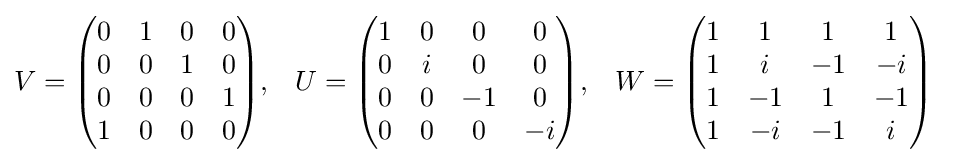
{\begin{aligned}V&={\begin{pmatrix}0&1&0&0\\0&0&1&0\\0&0&0&1\\1&0&0&0\end{pmatrix}},&U&={\begin{pmatrix}1&0&0&0\\0&i&0&0\\0&0&-1&0\\0&0&0&-i\end{pmatrix}},&W&={\begin{pmatrix}1&1&1&1\\1&i&-1&-i\\1&-1&1&-1\\1&-i&-1&i\end{pmatrix}}\end{aligned}}